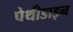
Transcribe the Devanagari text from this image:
पेथीडाइन